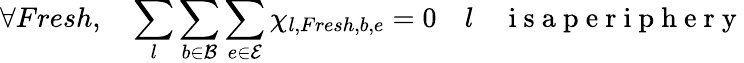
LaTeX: \forall Fresh,\quad\sum_{l}\sum_{b\in\mathcal{B}}\sum_{e\in\mathcal{E}}\chi_{l,Fresh,b,e}=0\quad l\quad\mathrm{~i~s~a~p~e~r~i~p~h~e~r~y~}